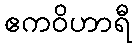
ဧကဝိဟာရီ